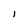
Character: l